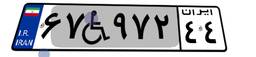
۷۴W۰۰۱۲۴